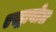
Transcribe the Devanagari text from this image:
एस्ट्रायोल